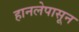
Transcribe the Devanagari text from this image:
हानलेपासून